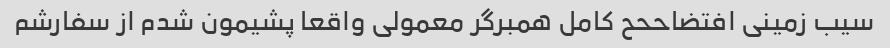
سیب زمینی افتضاححح کامل همبرگر معمولی واقعا پشیمون شدم از سفارشم